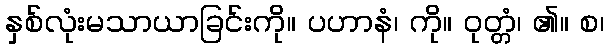
နှစ်လုံးမသာယာခြင်းကို။ ပဟာနံ၊ ကို။ ဝုတ္တံ၊ ၏။ စ၊